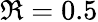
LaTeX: \Re=0.5